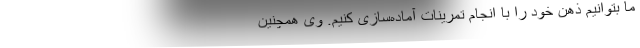
ما بتوانیم ذهن خود را با انجام تمرینات آماده‌سازی کنیم. وی همچنین